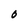
Character: O